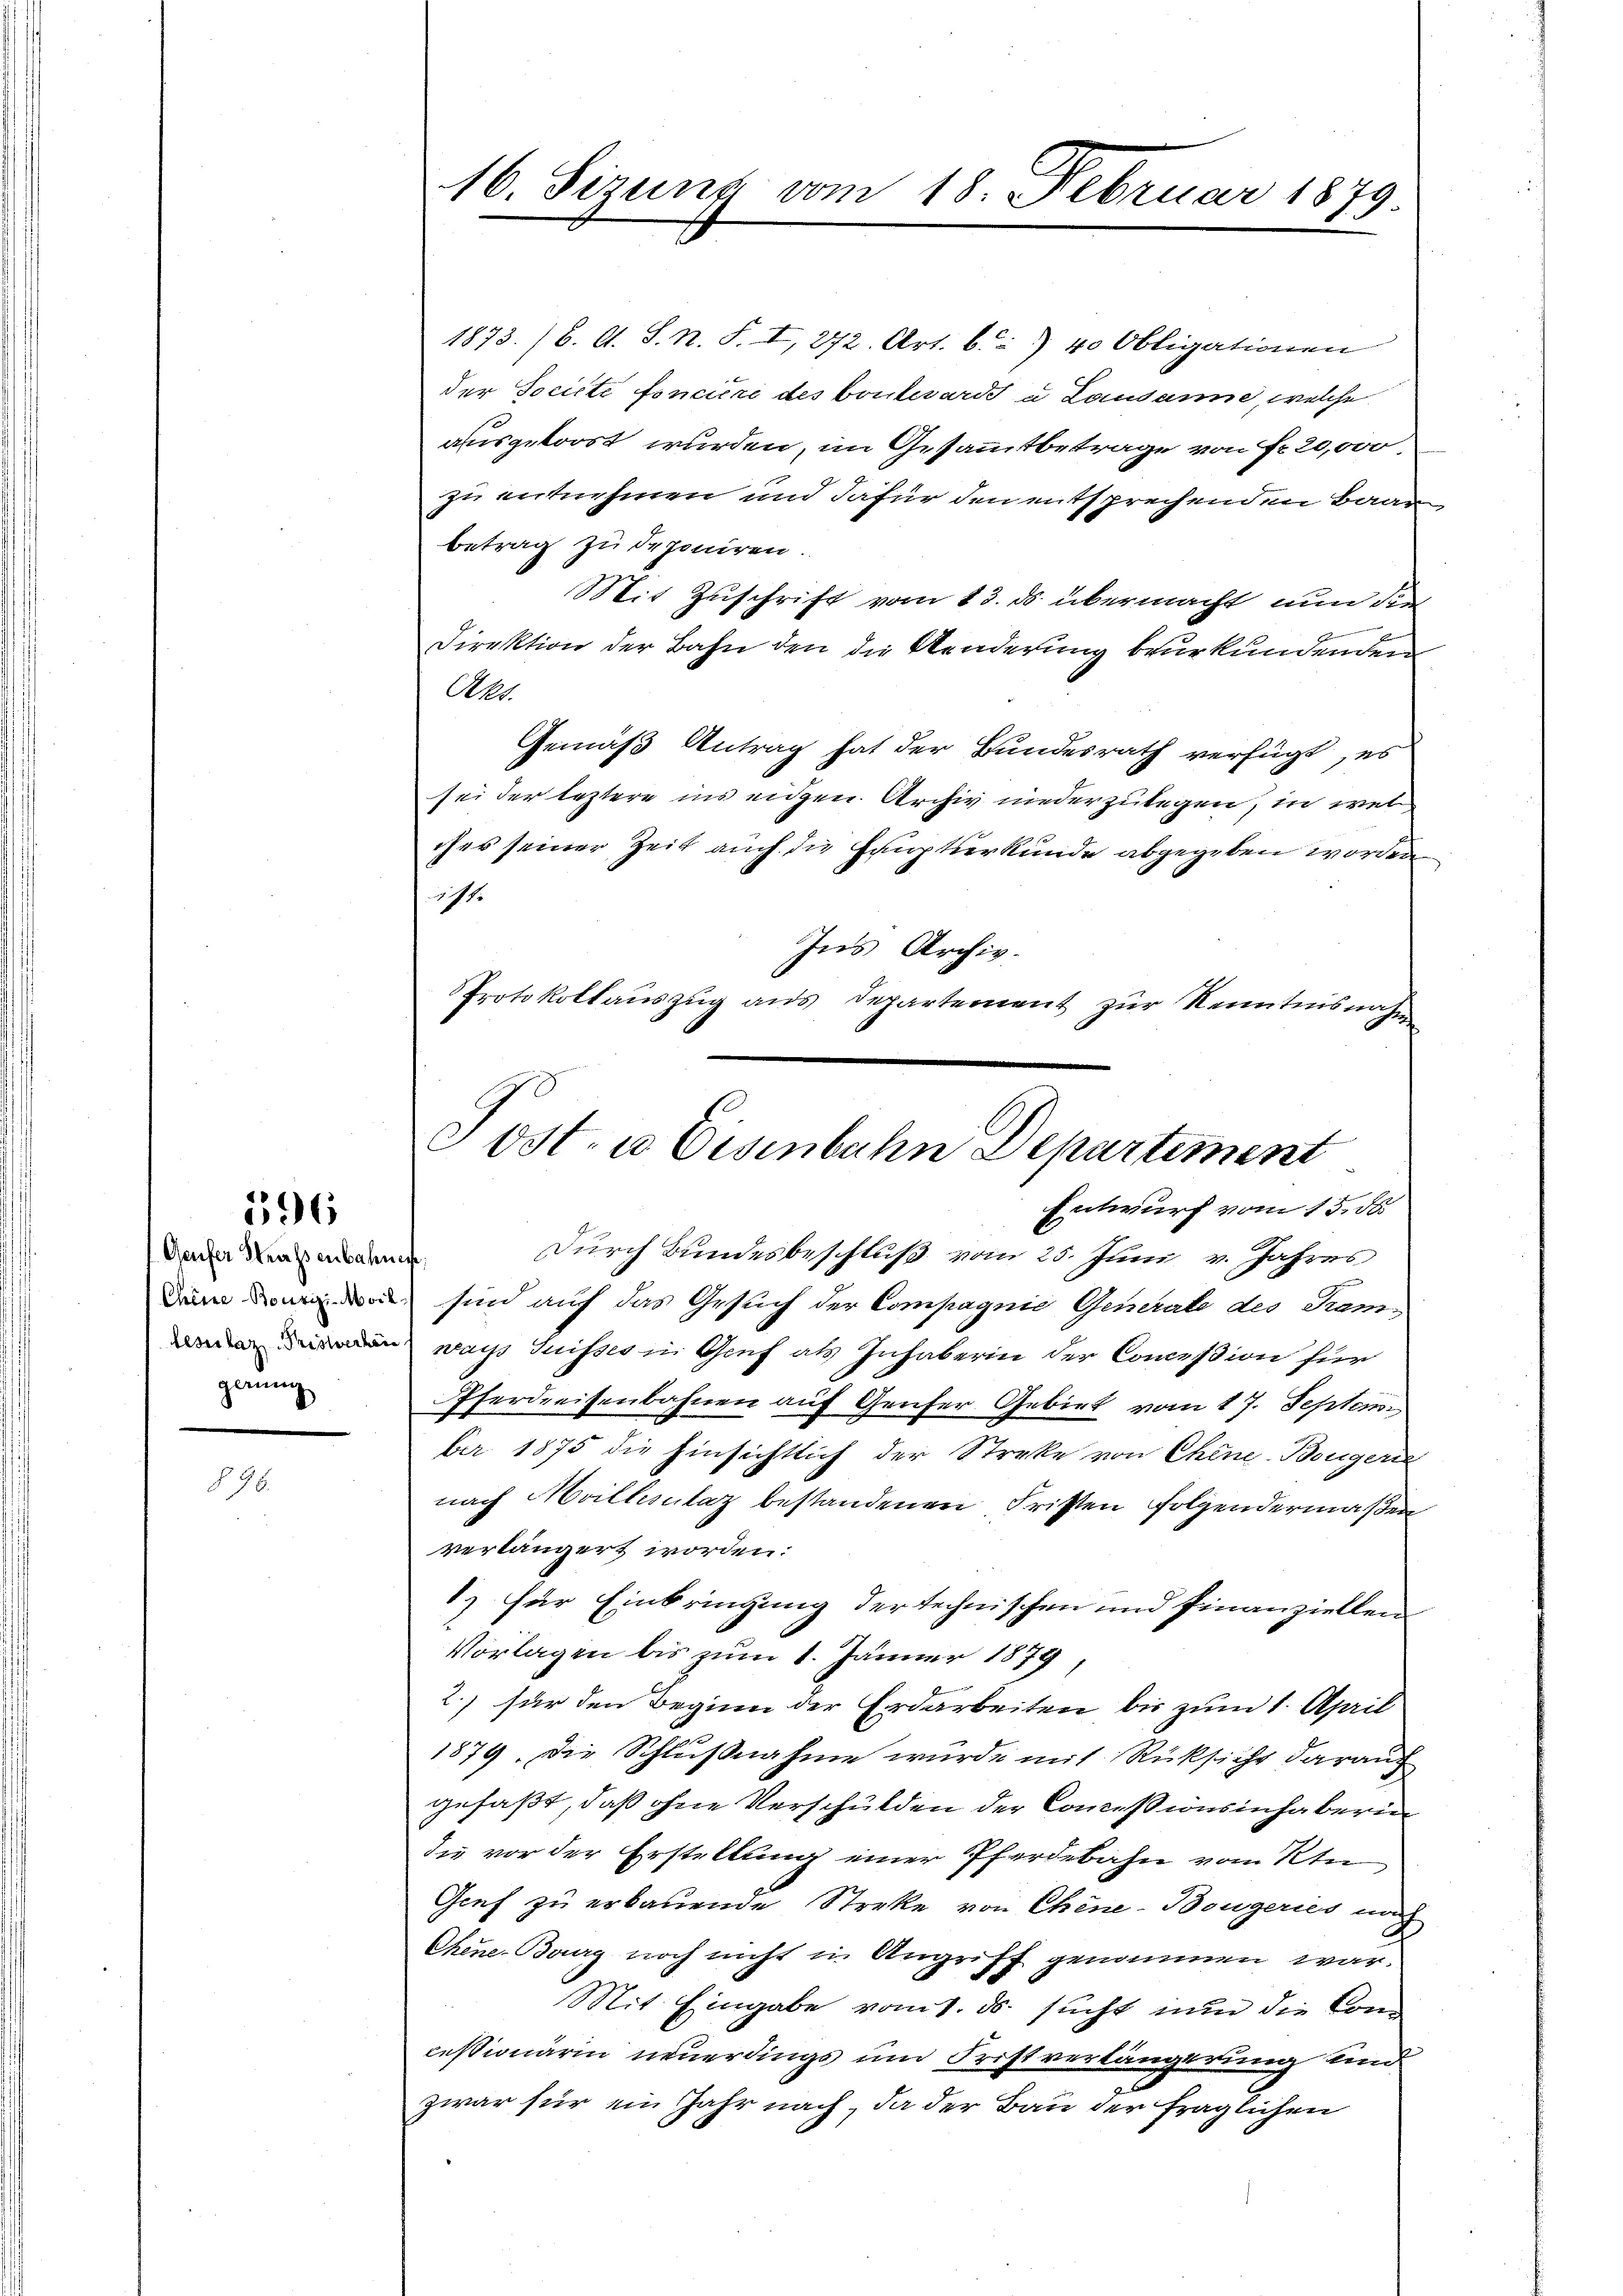
396

Geufer Strassenbahnen,
gerung

98.

16. Sizung vom 18. Februar 1879.

1873. 16. A. S. N. S. I, 272. Art. 6. 40 Obligationen
der Societe foncière des boulevards a Lausanne, welche
ausgekonst wurden, im Gesammtbetrage von Fr. 20,000.
zu entnehmen und dafür den entsprechenden Baar
betrag zu deponiren.
Mit Zuschrift vom 13. ds. übermacht nun die
Direktion der Bahn den die Aenderung beurkundenden
Aks.
Gemäß Antrag hat der Bundesrath verfügt, es
sei der leztere ins eidgen. Archiv niederzulegen, in wel
ches seiner Zeit auch die Hauptserkunde abgegeben worden
t
Ins Archiv.
Protokollauszug aus Departement zur Kenntnisnahme

Post- u Eisenbahn Departement
Entwurf vom 15. ds

Durch Bundesbeschluß vom 25. Juni v. Jahres
 sind auf das Gesuch der Compagnie Generale des Stam-
 ways Suisses in Genf als Inhaberin der Conceßion für
Pferdreisenbahnen auf Genfer Gebiet vom 17. Septem
ber. 1875 die hinsichtlich der Streke von Chine-Bougern
nach Mollisulaz bestandenen Fristen folgendermaßen
verlängert worden:
1) für Einbringung der technischen und Finanziellen
Vorlagen bis zum 1. Jänner 1879
2.) für den Beginn der Erdarbeiten bis zum 1. April
1879. Die Schlußnahme wurde mit Rücksicht darauf
gefaßt, daß ohne Verschulden der Commissionsinhaberin
du vor der Erstellung einer Pferdebahn vom Ktn
Genf zu erbauende Streke von Chine-Bougeries nach
Chene Bourg noch nicht in Angriff genommen war.
Mit Eingabe vom 1. ds. sucht nun die Concessionärin neuerdings und Fristverlängerung und
zwar für ein Jahr nach, da der Bau der fraglichen